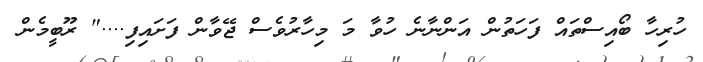
ހުރިހާ ބޯއިސްތައް ފަހަތުން އަންނާނެ ހުވާ މަ މިހާރުވެސް ޖޭވާން ފަށައިފި...." ރޫބީމެން